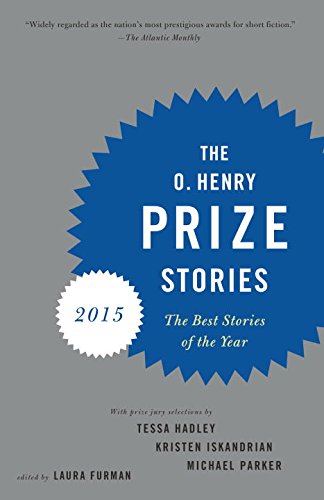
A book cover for The O. Henry Prize Stories 2015; Literature & Fiction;